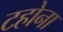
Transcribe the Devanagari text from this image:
टहोना